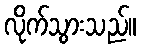
လိုက်သွားသည်။